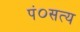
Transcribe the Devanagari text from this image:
पं०सत्य